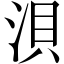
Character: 浿